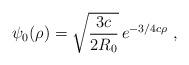
LaTeX: \begin{align*}\psi_0(\rho)=\sqrt\frac{3c}{2R_0}\,e^{-{3}/{4}c\rho} \ ,\end{align*}